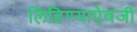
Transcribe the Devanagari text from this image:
लिहिण्याऐवजी